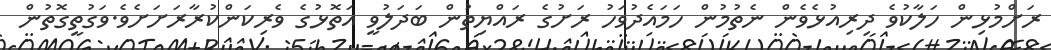
ރަށްމުޅިން ހަލާކުވެ ދިރިއުޅެވެން ނެތުމުން ހަމައެދުވަހު ރަށުގެ ރައްޔިތުން ބަދަލުވީ އަތޮޅުގެ ވެރިކަންކުރާރަށަށެވެ.ވަގުތީގޮތުން